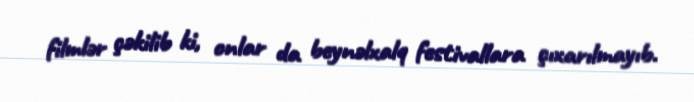
filmlər çəkilib ki, onlar da beynəlxalq festivallara çıxarılmayıb.